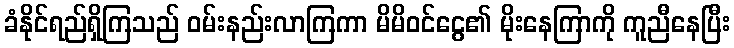
ခံနိုင်ရည်ရှိကြသည် ဝမ်းနည်းလာကြကာ မိမိဝင်ငွေ၏ မိုးနေကြာကို ကူညီနေပြီး